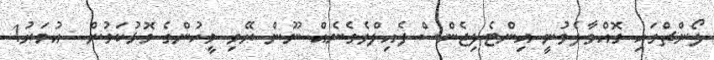
ލޯންޗްގައި ގޮއްވާލެވުނީ އިންޓެލިޖެންސް ފެއިލްވެގެނެއް ނޫން ރޭވި މީހުންގެ މޮޅުކަމުން  އުމަރު1